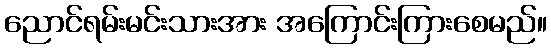
ညောင်ရမ်းမင်းသားအား အကြောင်းကြားစေမည်။